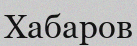
Хабаров